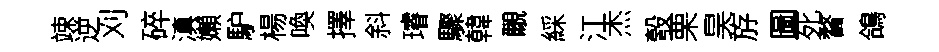
竦逆刈碎滇嬾馿楊喚擇斜璿驟韓覼綵江杰彀栗昊斿圖死瞀鴿